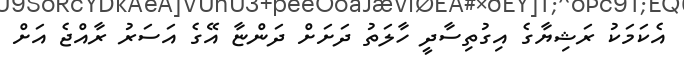
އެކަމަކު ރަޝިޔާގެ އިގުތިސާދީ ހާލަތު ދަށަށް ދަންޏާ އޭގެ އަސަރު ރާއްޖެ އަށް